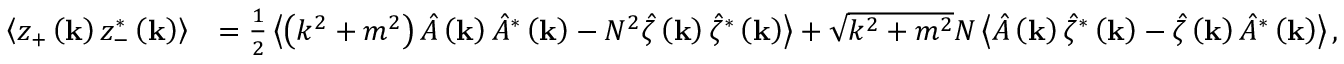
\begin{array} { r l } { \left\langle z _ { + } \left( \mathbf { k } \right) z _ { - } ^ { * } \left( \mathbf { k } \right) \right\rangle } & { = \frac { 1 } { 2 } \left\langle \left( k ^ { 2 } + m ^ { 2 } \right) \hat { A } \left( \mathbf { k } \right) \hat { A } ^ { * } \left( \mathbf { k } \right) - N ^ { 2 } \hat { \zeta } \left( \mathbf { k } \right) \hat { \zeta } ^ { * } \left( \mathbf { k } \right) \right\rangle + \sqrt { k ^ { 2 } + m ^ { 2 } } N \left\langle \hat { A } \left( \mathbf { k } \right) \hat { \zeta } ^ { * } \left( \mathbf { k } \right) - \hat { \zeta } \left( \mathbf { k } \right) \hat { A } ^ { * } \left( \mathbf { k } \right) \right\rangle , } \end{array}